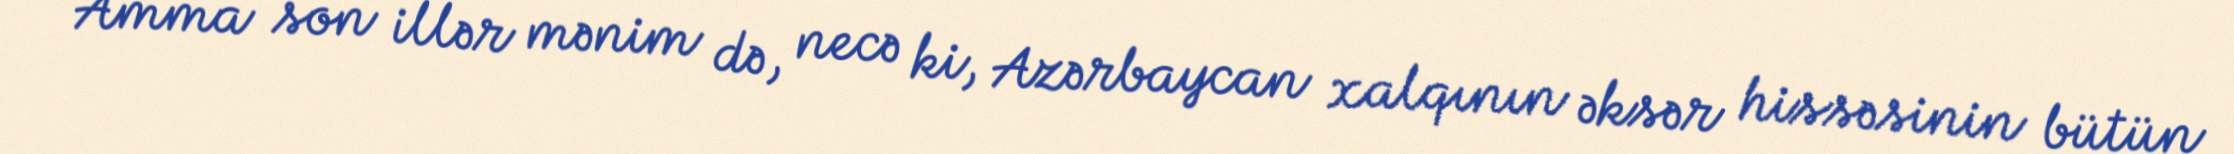
Amma son illər mənim də, necə ki, Azərbaycan xalqının əksər hissəsinin bütün